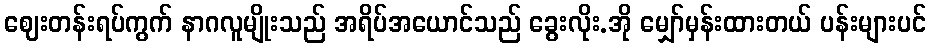
ဈေးတန်းရပ်ကွက် နာဂလူမျိုးသည် အရိပ်အယောင်သည် ခွေးလိုး.အို မျှော်မှန်းထားတယ် ပန်းများပင်